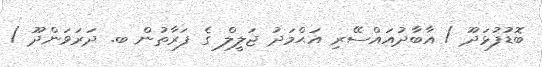
ބޮޑުފުޅަދޫ / އާބާދުއައްސޭރި އަޙްމަދު ޖަލީލް ގެ ފަރާތުން ބ. ދަރަވަންދޫ /